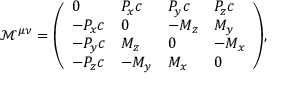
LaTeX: { \mathcal { M } } ^ { \mu \nu } = { \left( \begin{array} { l l l l } { 0 } & { P _ { x } c } & { P _ { y } c } & { P _ { z } c } \\ { - P _ { x } c } & { 0 } & { - M _ { z } } & { M _ { y } } \\ { - P _ { y } c } & { M _ { z } } & { 0 } & { - M _ { x } } \\ { - P _ { z } c } & { - M _ { y } } & { M _ { x } } & { 0 } \end{array} \right) } ,